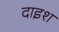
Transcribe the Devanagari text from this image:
दाइश